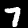
Label: 7